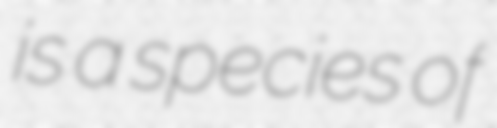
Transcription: is a species of